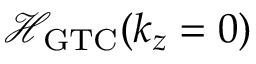
\mathcal { H } _ { \mathrm { G T C } } ( k _ { z } = 0 )